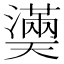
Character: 𤂀